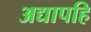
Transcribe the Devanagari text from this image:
अद्यापहि